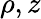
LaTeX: \rho,z